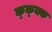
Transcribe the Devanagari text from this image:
क्क्क्क